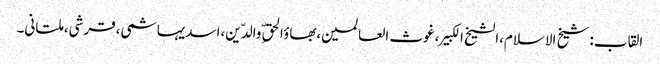
القاب:شیخ الاسلام،الشیخ الکبیر،غوث العالمین،بھاؤالحق ِّوالدّین،اسدیہاشمی،قرشی،ملتانی۔